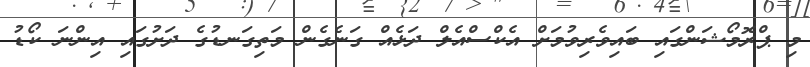
މި ޕްރޮމޯޝަންގައި ބައިވެރިވުމަށް އެކްސްއެލް ދަޅެއް ގަނެގެން މަތިގަނޑުގެ ދަށުގައި އިންނަ ކޯޑު